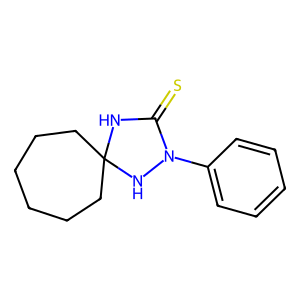
SMILES: S=C1NC2(CCCCCC2)NN1c1ccccc1
Inhibits HIV replication: No